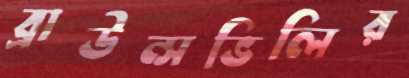
ব্রাউন্সভিলির